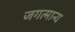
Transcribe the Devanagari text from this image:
जगत्मान्य